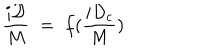
LaTeX: \frac { i \mathcal D } { M } \; = \; f ( \frac { i { \mathcal D } _ { c } } { M } )